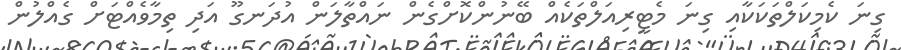
ގިނަ ކެމިކަލްތަކަކާއި ގިނަ މެޓީރިއަލްތަކެއް ބޭނުންކޮށްގެން ނައްތާލަން އުދަނގޫ އަދި ތިމާވެއްޓަށް ގެއްލުން